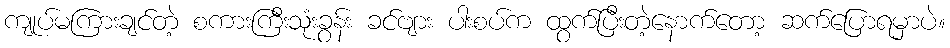
ကျုပ်မကြားချင်တဲ့ စကားကြီးသုံးခွန်း ခင်ဗျား ပါးစပ်က ထွက်ပြီးတဲ့နောက်တော့ ဆက်ပြောရမှာပဲ။